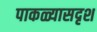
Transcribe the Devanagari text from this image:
पाकळ्यासदृश